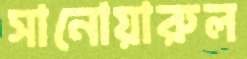
সানোয়ারুল